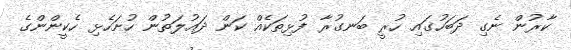
ކާރުން ނެގި ދަބަހުގައި ހުރީ ބަނގުރާ ފުޅިތަކެއް ކަން ދައުލަތުން ހުށަހެޅި ހެކީންންގެ